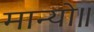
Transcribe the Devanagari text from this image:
मान्यो॥